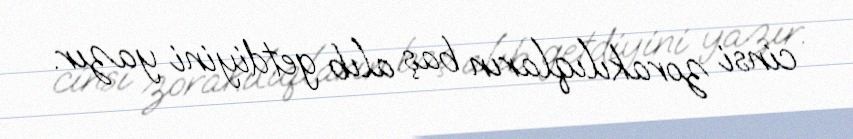
cinsi zorakılıqların baş alıb getdiyini yazır.